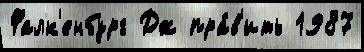
Фалк'енбург Дж пра́в'ить 1987